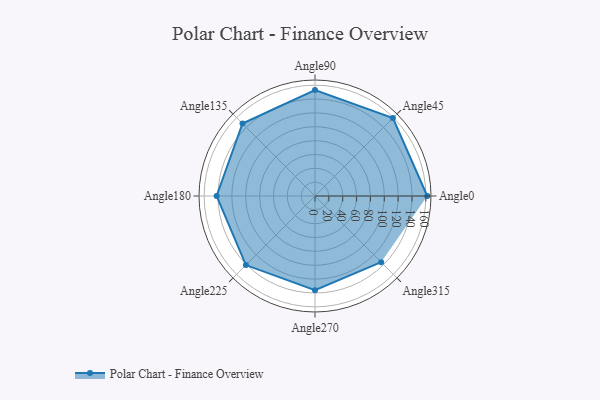
{"axis": {"x": "Angle", "y": "Radius"}, "legend": [""], "data": [{"x": "Angle0", "y": 162.0, "type": ""}, {"x": "Angle45", "y": 159.0, "type": ""}, {"x": "Angle90", "y": 153.0, "type": ""}, {"x": "Angle135", "y": 148.0, "type": ""}, {"x": "Angle180", "y": 142.0, "type": ""}, {"x": "Angle225", "y": 141.0, "type": ""}, {"x": "Angle270", "y": 136.0, "type": ""}, {"x": "Angle315", "y": 135.0, "type": ""}]}